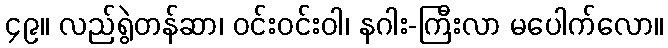
၄၉။ လည်ရွဲတန်ဆာ၊ ဝင်းဝင်းဝါ၊ နဂါး-ကြီးလာ မပေါက်လော။